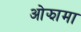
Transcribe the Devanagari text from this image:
ओझामा